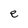
Character: e